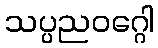
သပ္ပညဝဂ္ဂေါ